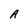
Character: A